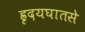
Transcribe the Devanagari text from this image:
ह्रृदयघातसे